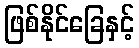
ဖြစ်နိုင်ခြေနှင့်